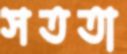
সততা